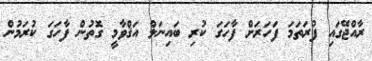
ރާއްޖޭގައި ފުރަތަމަ ފަހަރަށް ފާހަގަ ކުރި ބައިނަލް އަޤްވާމީ ގޮތުން ފާހަގަ ކުރަމުން